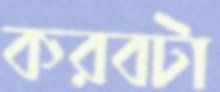
করবটা